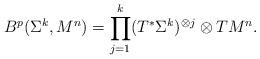
LaTeX: \begin{align*}B^p(\Sigma^k,M^n)=\prod_{j=1}^{k}(T^\ast\Sigma^k)^{\otimes j}\otimes TM^n.\end{align*}